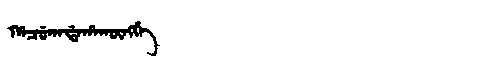
Manchu: ᡥᠠᠴᡠᡴᠠᡩᠠᡥᠠᡴᡡᠩᡤᡝ
Romanization: HACUKADAHAKŪNGGE